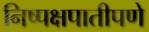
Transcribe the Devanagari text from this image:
निष्पक्षपातीपणे